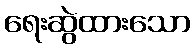
ရေးဆွဲထားသော